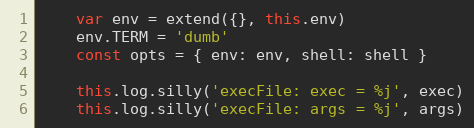
Language: JavaScript
    var env = extend({}, this.env)
    env.TERM = 'dumb'
    const opts = { env: env, shell: shell }

    this.log.silly('execFile: exec = %j', exec)
    this.log.silly('execFile: args = %j', args)